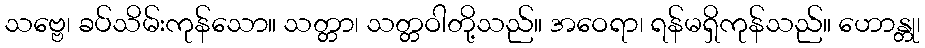
သဗ္ဗေ၊ ခပ်သိမ်းကုန်သော။ သတ္တာ၊ သတ္တဝါတို့သည်။ အဝေရာ၊ ရန်မရှိကုန်သည်။ ဟောန္တု၊